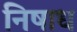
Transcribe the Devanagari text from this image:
निषाध